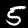
Label: 5